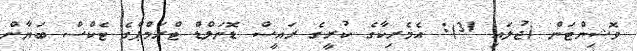
ވޮޝިންޓަން (ޖުލައި 31): އެމެރިކާގެ ކުރީގެ ރައީސް ޑޮނަލްޑް ޓްރަމްޕްގެ ޓެކްސް ބަޔާން